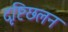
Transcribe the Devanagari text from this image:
दृष्टिछलन